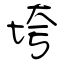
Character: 垮